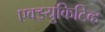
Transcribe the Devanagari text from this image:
एक्झ्युकिटिव्ह